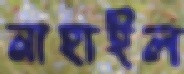
নাহাইল